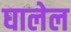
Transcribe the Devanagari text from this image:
घालेल